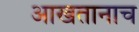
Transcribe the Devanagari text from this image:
आखतानाच